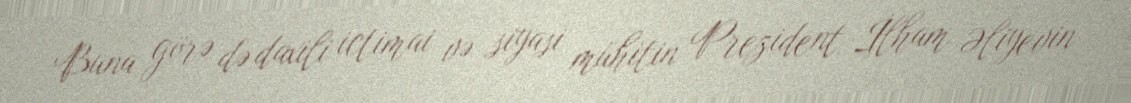
Buna görə də daxili ictimai və siyasi mühitin Prezident İlham Əliyevin